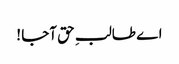
اے طالبِ حق آجا !